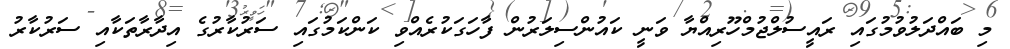
މި ބައްދަލުވުމުގައި ރައީސުލްޖުމްހޫރިއްޔާ ވަނީ ކައުންސިލަރުން ފާހަގަކުރެއްވި ކަންކަމުގައި ސަރުކާރުގެ އިދާރާތަކާއި ސަރުކާރު